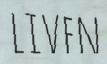
LIVEN